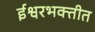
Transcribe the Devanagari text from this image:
ईश्वरभक्तीत